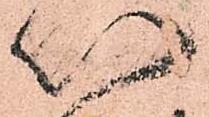
以